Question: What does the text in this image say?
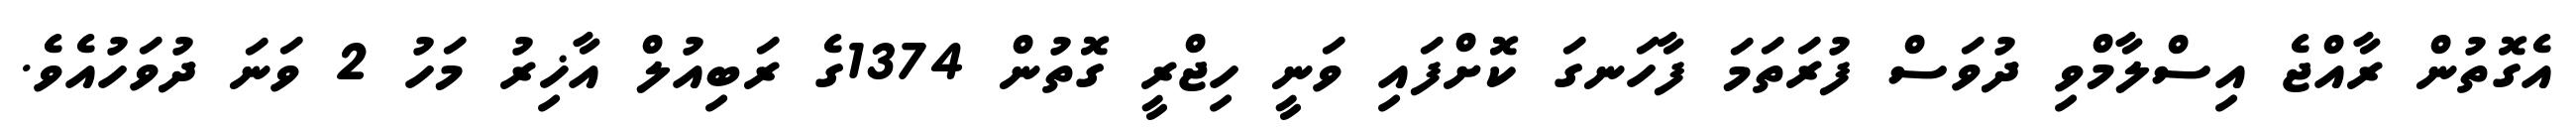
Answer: އެގޮތުން ރާއްޖެ އިސްލާމްވި ދުވަސް ފުރަތަމަ ފާހަނގަ ކޮށްފައި ވަނީ ހިޖްރީ ގޮތުން 1374ގެ ރަބިއުލް އާޚިރު މަހު 2 ވަނަ ދުވަހުއެވެ.